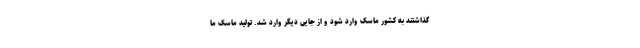
گذاشتند به کشور ماسک وارد شود و از جایی دیگر وارد شد. تولید ماسک ما